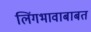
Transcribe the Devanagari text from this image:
लिंगभावाबाबत